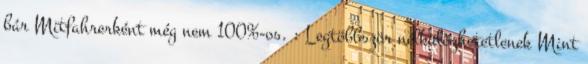
bár Mitfahrerként még nem 100%-os. : Legtöbbször nélkülözhetetlenek Mint